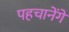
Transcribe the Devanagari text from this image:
पहचानेंगे